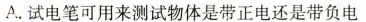
A.试电笔可用来测试物体是带正电还是带负电